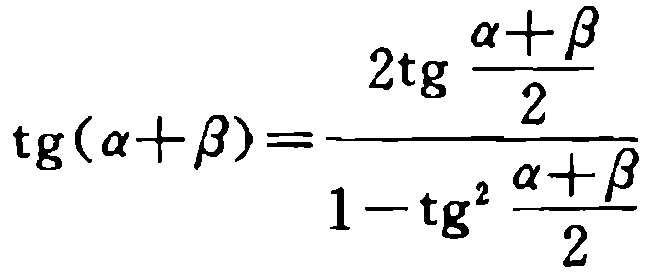
\(\operatorname{tg}(\alpha + \beta)=\frac{2\operatorname{tg}\frac{\alpha + \beta}{2}}{1 - \operatorname{tg}^{2}\frac{\alpha + \beta}{2}}\)